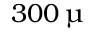
3 0 0 \, \upmu